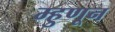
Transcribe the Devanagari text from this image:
म्हुणून